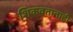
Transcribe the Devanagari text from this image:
शिकवतानाही